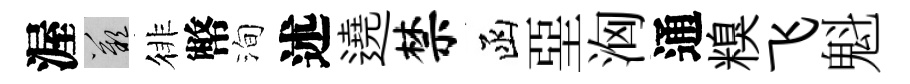
渥嘆徘幣洵述遶禁函堊洶通糗飞魁